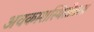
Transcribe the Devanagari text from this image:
अवकाशस्थितीतला